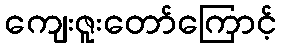
ကျေးဇူးတော်ကြောင့်